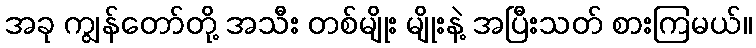
အခု ကျွန်တော်တို့ အသီး တစ်မျိုး မျိုးနဲ့ အပြီးသတ် စားကြမယ်။